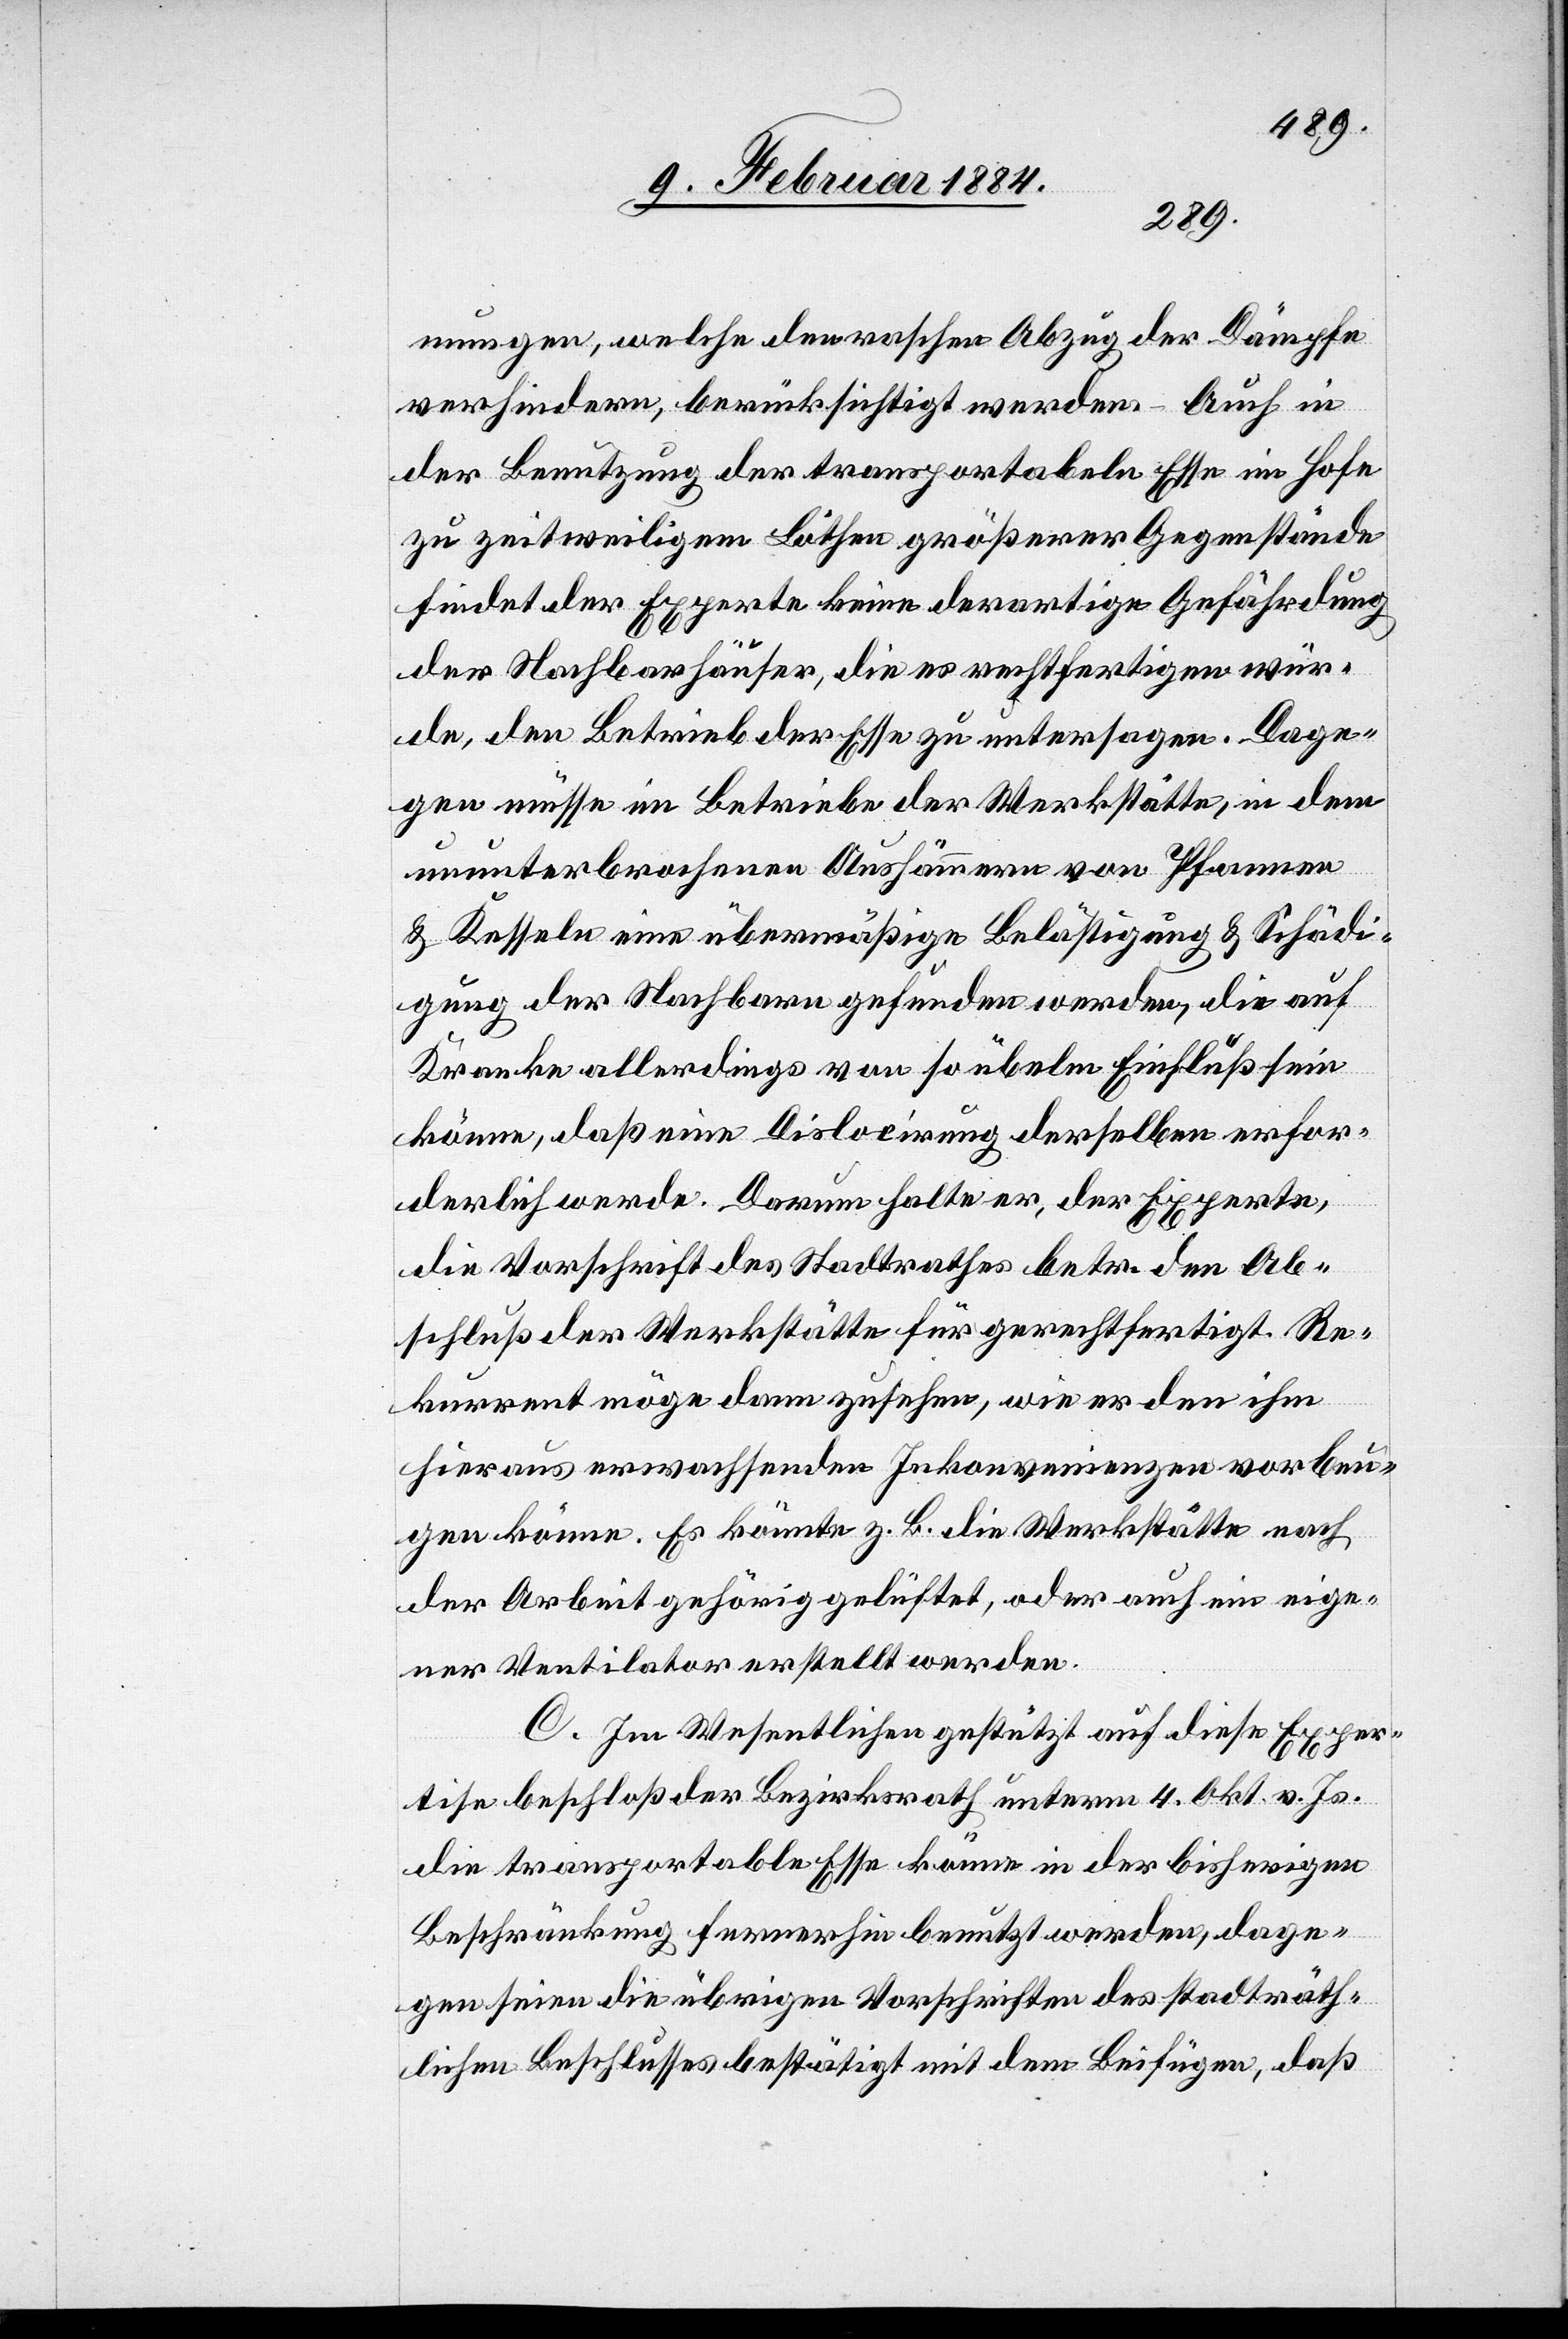
mungen, welche den raschen Abzug der Dämpfe
verhindern, berücksichtigt werden. Auch in
der Benutzung der transportabeln [sic!] Esse im Hofe
zu zeitweiligem Löthen größerer Gegenstände
findet der Experte keine derartige Gefährdung
der Nachbarhäuser, die es rechtfertigen wür¬
de, den Betrieb der Esse zu untersagen. Dage¬
gen müsse im Betriebe der Werkstätte, in dem
ununterbrochenen Aushämmern von Pfannen
& Kesseln eine übermäßige Belästigung & Schädi¬
gung der Nachbarn gefunden werden, die auf
Kranke allerdings von so üblem Einfluß sein
könne, daß eine Dislocirung derselben erfor¬
derlich werde. Darum halte er, der Experte,
die Vorschrift des Stadtrathes betr. den Ab¬
schluß der Werkstätte für gerechtfertigt. Re¬
kurrent möge dann zusehen, wie er den ihm
hieraus erwachsenden Inkonvenienzen vorbeu¬
gen könne. Es könnte z. B. die Werkstätte nach
der Arbeit gehörig gelüftet, oder auch ein eige¬
ner Ventilator erstellt werden.
C. Im Wesentlichen gestützt auf diese Exper¬
tise beschloß der Bezirksrath unterm 4. Okt. v. Js.
die transportable Esse könne in der bisherigen
Beschränkung fernerhin benutzt werden, dage¬
gen seien die übrigen Vorschriften des stadträth¬
lichen Beschlusses bestätigt mit dem Beifügen, daß